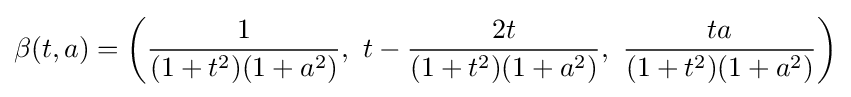
\beta (t,a)=\left({\frac {1}{(1+t^{2})(1+a^{2})}},\ t-{\frac {2t}{(1+t^{2})(1+a^{2})}},\ {\frac {ta}{(1+t^{2})(1+a^{2})}}\right)